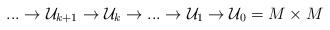
LaTeX: \begin{align*}...\rightarrow \mathcal{U}_{k+1}\rightarrow \mathcal{U}_{k}\rightarrow...\rightarrow \mathcal{U}_{1}\rightarrow \mathcal{U}_{0}=M\times M\end{align*}